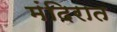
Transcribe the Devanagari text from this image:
मंदिरात